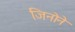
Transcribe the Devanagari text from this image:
जिनोने